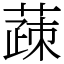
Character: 䔫